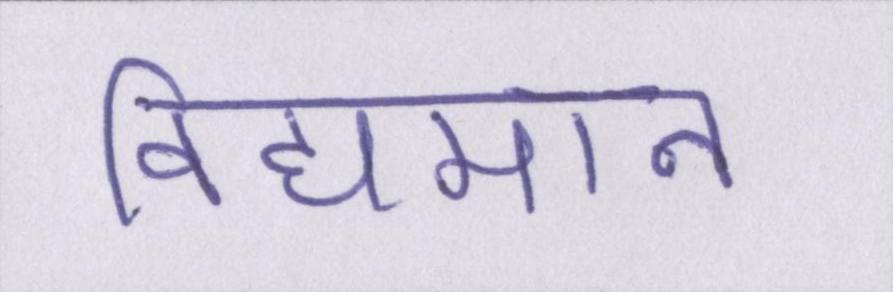
विद्यमान